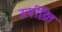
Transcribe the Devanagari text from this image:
उत्पीडि़त